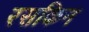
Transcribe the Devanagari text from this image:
रसकिन